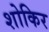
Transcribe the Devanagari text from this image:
शोकिर